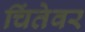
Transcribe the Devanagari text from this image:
चिंतेवर